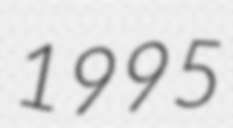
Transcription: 1995